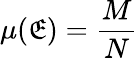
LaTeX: \mu({\cal\mathfrak{E}})={\frac{{M}}{{N}}}